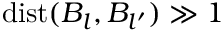
\mathrm { d i s t } ( B _ { l } , B _ { l ^ { \prime } } ) \gg 1